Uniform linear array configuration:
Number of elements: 16
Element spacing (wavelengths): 0.5
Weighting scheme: blackman
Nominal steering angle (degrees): -45
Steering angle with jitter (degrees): -43.338
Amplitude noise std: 0.05
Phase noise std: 0.05

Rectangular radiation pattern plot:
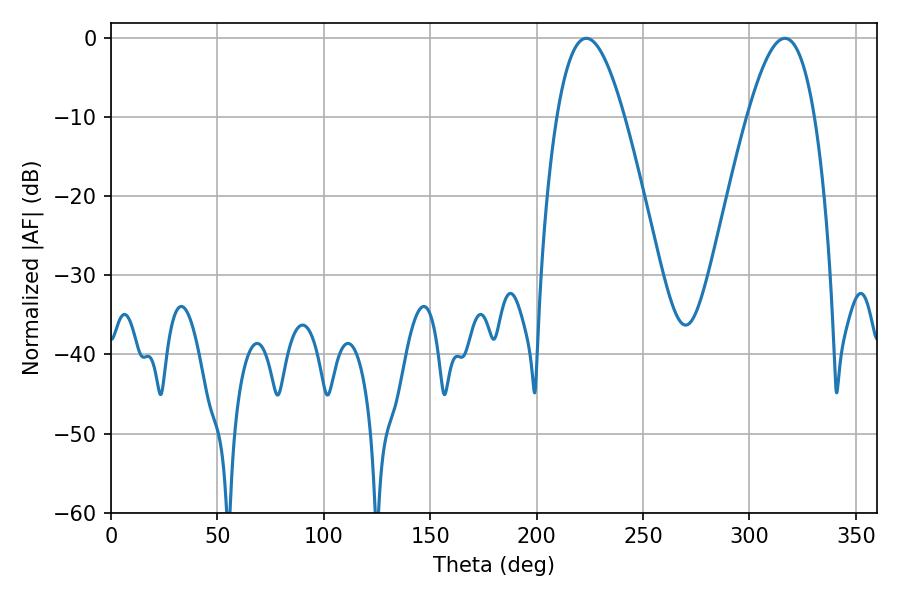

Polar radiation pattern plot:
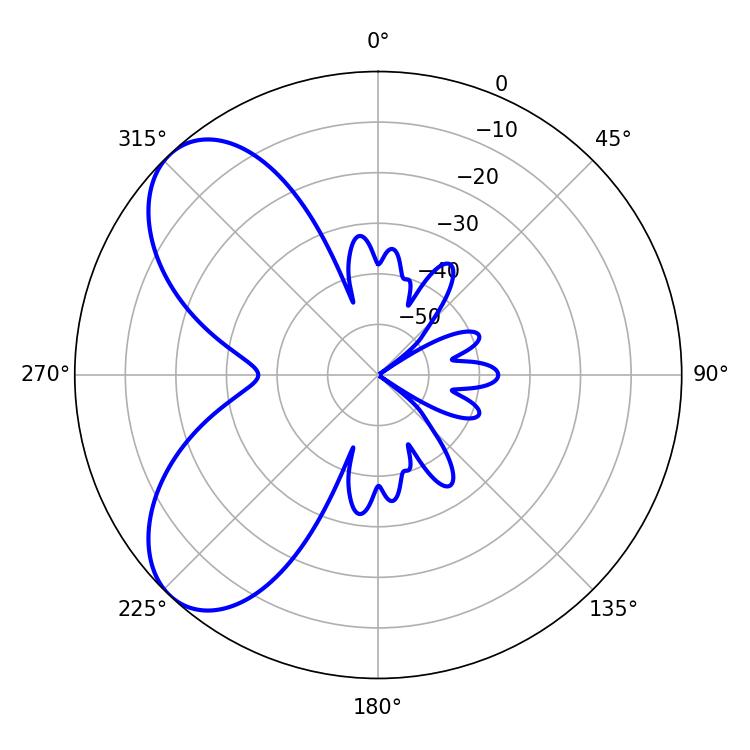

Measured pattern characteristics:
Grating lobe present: FALSE
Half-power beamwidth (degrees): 17.28
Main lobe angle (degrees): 223.38